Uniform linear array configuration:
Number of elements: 24
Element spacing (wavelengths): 1
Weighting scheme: exponential
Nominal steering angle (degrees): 15
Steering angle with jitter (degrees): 16.365
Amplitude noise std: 0.05
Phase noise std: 0.05

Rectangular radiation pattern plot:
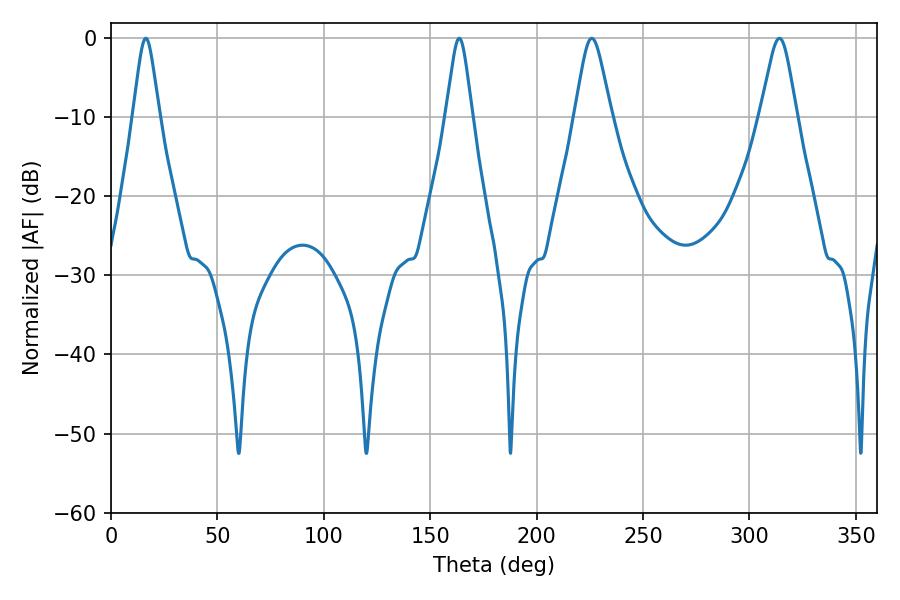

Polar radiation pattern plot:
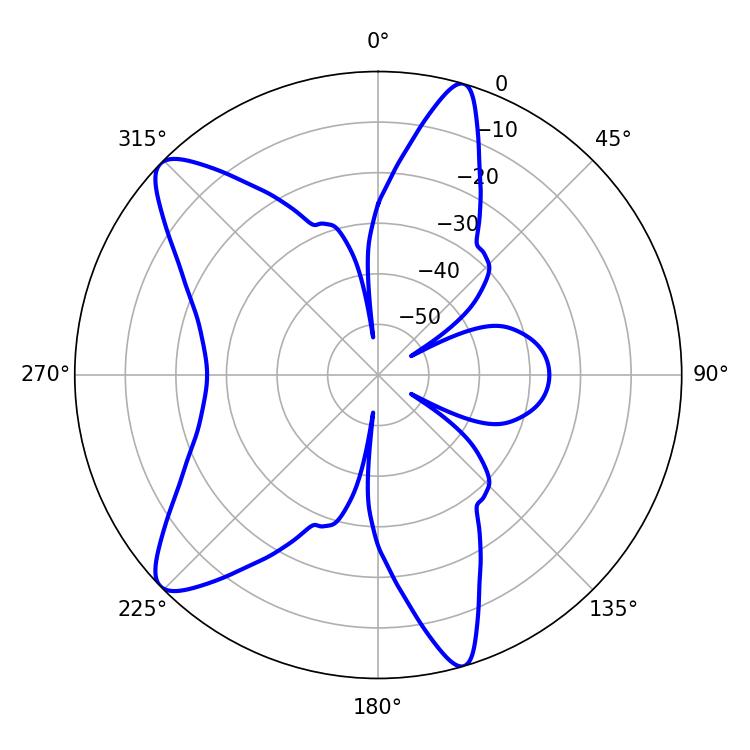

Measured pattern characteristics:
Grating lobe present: TRUE
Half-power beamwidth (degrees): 8.28
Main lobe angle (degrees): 225.9